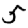
Digit: 5